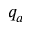
q _ { a }